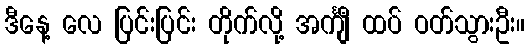
ဒီနေ့ လေ ပြင်းပြင်း တိုက်လို့ အင်္ကျီ ထပ် ဝတ်သွားဦး။